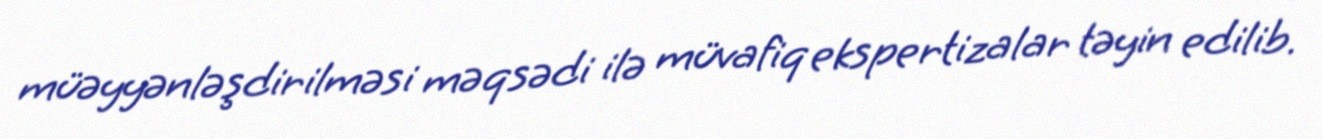
müəyyənləşdirilməsi məqsədi ilə müvafiq ekspertizalar təyin edilib.